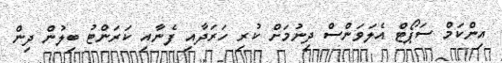
އިންކަމް ސަޕޯޓް އެލަވަންސް ދިނުމަށް ކުރި ހަރަދާއި ފެނާއި ކަރަންޓު ބިލުން ދިން